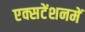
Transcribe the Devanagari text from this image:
एक्सटेंशनमें